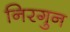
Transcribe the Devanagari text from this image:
निरगुन